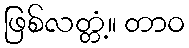
ဖြစ်လတ္တံ့။ တာဝ